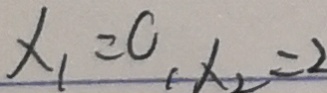
x _ { 1 } = 0 , x _ { 2 } = 2